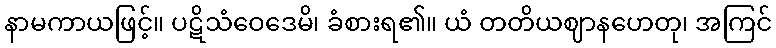
နာမကာယဖြင့်။ ပဋိသံဝေဒေမိ၊ ခံစားရ၏။ ယံ တတိယဈာနဟေတု၊ အကြင်